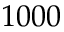
1 0 0 0